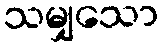
သမျှသော